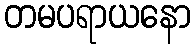
တမပရာယနော